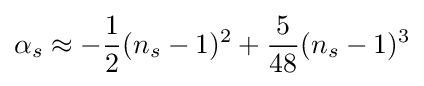
\alpha _{s}\approx -{\frac {1}{2}}(n_{s}-1)^{2}+{\frac {5}{48}}(n_{s}-1)^{3}